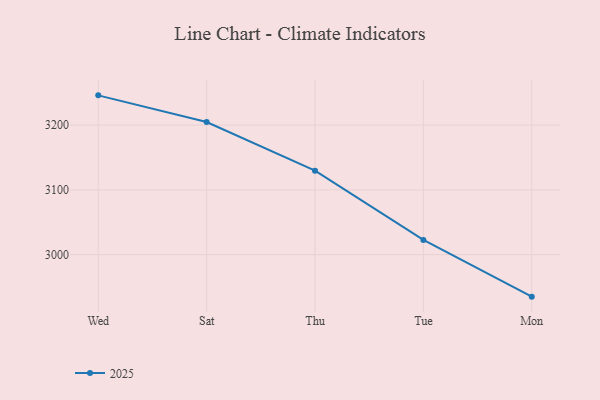
{"axis": {"x": "Day", "y": "Headcount"}, "legend": ["2025"], "data": [{"x": "Wed", "y": 3246.0, "type": "2025"}, {"x": "Sat", "y": 3204.9, "type": "2025"}, {"x": "Thu", "y": 3129.7, "type": "2025"}, {"x": "Tue", "y": 3022.8, "type": "2025"}, {"x": "Mon", "y": 2935.2, "type": "2025"}]}